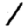
Digit: 1